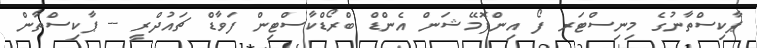
ޕާކިސްތާނުގެ މިނިސްޓަރ ފޯ އިންފޮމޭޝަން އެންޑް ބްރޯޑްކާސްޓިން ފަވާޑް ޗައުދްރީ -- ޕާކިސްތާން